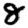
Digit: 8